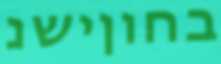
בחוןישנ